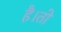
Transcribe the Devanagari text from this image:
है।तो